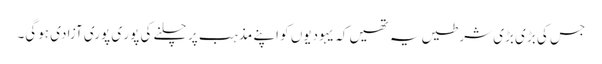
جس کی بڑی بڑی شرطیں یہ تھیں کہ یہودیوں کو اپنے مذہب پر چلنے کی پور ی پوری آزادی ہوگی۔